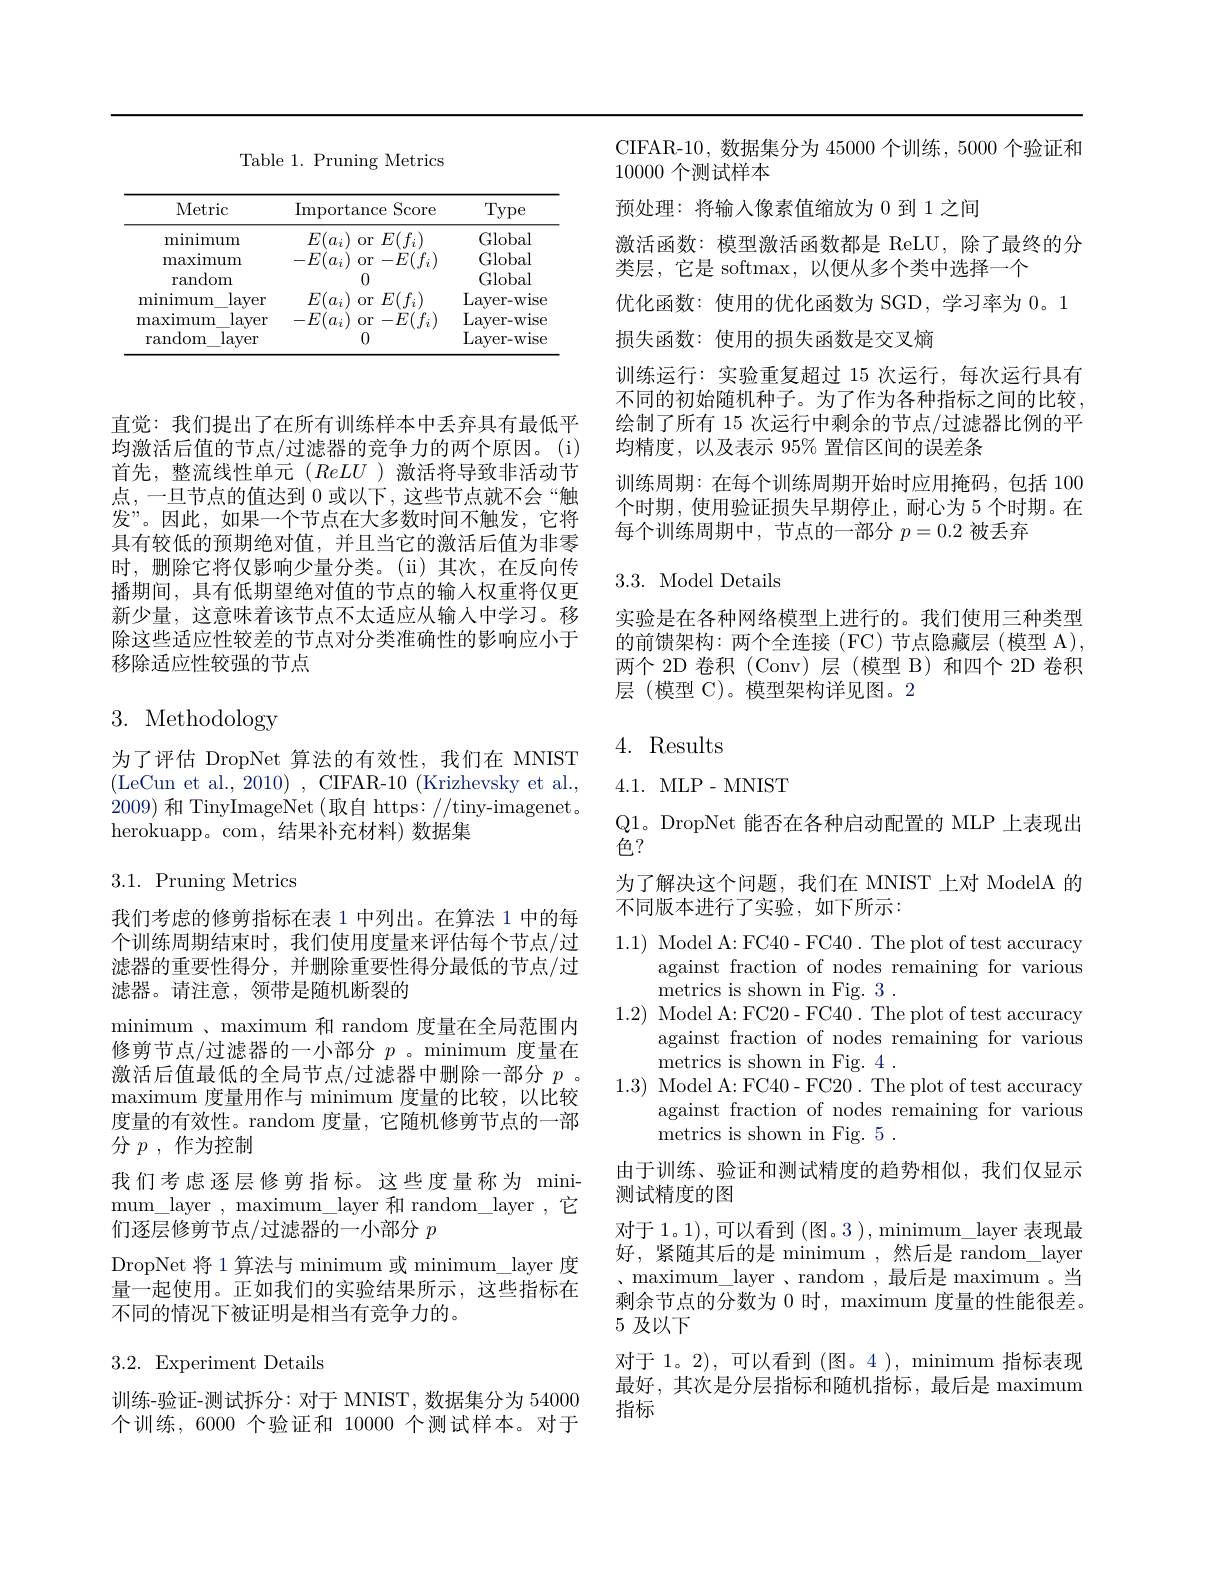
Table 1. Pruning Metrics

<table>
	<tbody>
		<tr>
			<th>Metric</th>
			<th>$\operatorname{Importance}$</th>
			<th>$\operatorname{Score}$ ce</th>
			<th>Type</th>
		</tr>
		<tr>
			<td>minimum</td>
			<td>$E(a_{i})$ 0r</td>
			<td>$E(f_{i}$</td>
			<td>Global</td>
		</tr>
		<tr>
			<td>maximum</td>
			<td>$-E($ 0r</td>
			<td>$-E($ 1</td>
			<td>Global</td>
		</tr>
		<tr>
			<td>random</td>
			<td>0</td>
			<td> </td>
			<td>Global</td>
		</tr>
		<tr>
			<td>minimum layer</td>
			<td>$E(a_i$ 0r</td>
			<td>$E($</td>
			<td>Layer- wise</td>
		</tr>
		<tr>
			<td>maxımum layer</td>
			<td>$-E($ 0r</td>
			<td>$-E($</td>
			<td>Layer- wise</td>
		</tr>
		<tr>
			<td>random layer</td>
			<td>0</td>
			<td> </td>
			<td>Layer- wise</td>
		</tr>
	</tbody>
</table>

直觉：我们提出了在所有训练样本中丢弃具有最低平均激活后值的节点/过滤器的竞争力的两个原因。(i) 首先，整流线性单元(ReLU )激活将导致非活动节点，一旦节点的值达到 0 或以下，这些节点就不会“触发”。因此，如果一个节点在大多数时间不触发，它将具有较低的预期绝对值，并且当它的激活后值为非零时，删除它将仅影响少量分类。(ii)其次，在反向传播期间，具有低期望绝对值的节点的输入权重将仅更新少量，这意味着该节点不太适应从输入中学习。移除这些适应性较差的节点对分类准确性的影响应小于移除适应性较强的节点

# 3. Methodology

为了评估 DropNet 算法的有效性，我们在 MNIST (LeCun et al., 2010) , CIFAR-10 (Krizhevsky et al., 2009)和 TinyImageNet (取自 https: //tiny-imagenet. herokuapp。com,结果补充材料)数据集

3.1. Pruning Metrics

我们考虑的修剪指标在表 1 中列出。在算法 1 中的每个训练周期结束时，我们使用度量来评估每个节点/过滤器的重要性得分，并删除重要性得分最低的节点/过滤器。请注意，领带是随机断裂的
minimum 、maximum 和 random 度量在全局范围内修剪节点/过滤器的一小部分$p$ 。minimum 度量在激活后值最低的全局节点/过滤器中删除一部分$p$ 。$\operatorname*{maximum}$度量用作与 minimum 度量的比较，以比较度量的有效性。random 度量，它随机修剪节点的一部分$p$ , 作为控制
我们考虑逐层修剪指标。这些度量称为 minimum$\_$layer , maximum$\_$layer 和random$\_$layer , 它 们逐层修剪节点/过滤器的一小部分$p$
DropNet 将 1 算法与 minimum 或 minimum\_layer 度

量一起使用。正如我们的实验结果所示，这些指标在
不同的情况下被证明是相当有竞争力的。

## 3.2.Experiment Details

训练-验证-测试拆分：对于 MNIST, 数据集分为 54000个训练，6000 个验证和 10000 个测试样本。对于

CIFAR-10,数据集分为 45000 个训练，5000 个验证和
10000个测试样本
预处理：将输入像素值缩放为 0 到 1 之间
激活函数：模型激活函数都是 ReLU, 除了最终的分
类层，它是 softmax,以便从多个类中选择一个
优化函数：使用的优化函数为 SGD,学习率为 0。1
损失函数：使用的损失函数是交叉熵
训练运行：实验重复超过 15 次运行，每次运行具有不同的初始随机种子。为了作为各种指标之间的比较， 绘制了所有 15 次运行中剩余的节点/过滤器比例的平均精度，以及表示 95% 置信区间的误差条
训练周期：在每个训练周期开始时应用掩码，包括 100个时期，使用验证损失早期停止，耐心为 5 个时期。在每个训练周期中，节点的一部分$p=0.2$被丢弃

## $3.3.~{\mathrm{Model~Details}}$

实验是在各种网络模型上进行的。我们使用三种类型的前馈架构：两个全连接(FC)节点隐藏层(模型 A), 两个 2D 卷积 (Conv)层 (模型 B) 和四个 2D 卷积层(模型 C)。模型架构详见图。2

## 4. Results

$4.1.{\mathrm{~MLP~-~MNIST}}$

Q1。DropNet 能否在各种启动配置的 MLP 上表现出
色？
为了解决这个问题，我们在 MNIST 上对 ModelA 的
不同版本进行了实验，如下所示：

1.1) Model A: FC40- FC40. The plot of test accuracy
against fraction of nodes remaining for various
metrics is shown in Fig. 3
1.2) Model A: FC20- FC40. The plot of test accuracy
against fraction of nodes remaining for various
metrics is shown in Fig. 4 .
1.3) Model A: FC40- FC20. The plot of test accuracy
against fraction of nodes remaining for various
metrics is shown in Fig. 5 .

由于训练、验证和测试精度的趋势相似，我们仅显示
测试精度的图

对于 1。1), 可以看到 (图。3 ), minimum\_layer 表现最

好，紧随其后的是 minimum ,然后是 random\_layer

、 maximum$\_$layer , random , 最后是 maximum。当

剩余节点的分数为 0 时，maximum 度量的性能很差。
## 5及以下

对于 1。2),可以看到(图。4),minimum 指标表现

最好，其次是分层指标和随机指标，最后是 maximum

指标